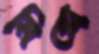
মিরো